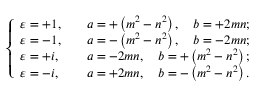
{ \left\{ \begin{array} { l l } { \varepsilon = + 1 , } & { \quad a = + \left( m ^ { 2 } - n ^ { 2 } \right) , \quad b = + 2 m n ; } \\ { \varepsilon = - 1 , } & { \quad a = - \left( m ^ { 2 } - n ^ { 2 } \right) , \quad b = - 2 m n ; } \\ { \varepsilon = + i , } & { \quad a = - 2 m n , \quad b = + \left( m ^ { 2 } - n ^ { 2 } \right) ; } \\ { \varepsilon = - i , } & { \quad a = + 2 m n , \quad b = - \left( m ^ { 2 } - n ^ { 2 } \right) . } \end{array} \right. }